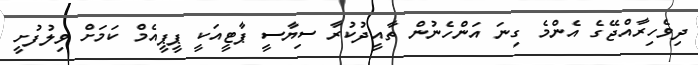
ދިވެހިރާއްޖޭގެ އެންމެ ގިނަ އަންހެނުން ތާއީދުކުރާ ސިޔާސީ ޕާޓީއަކީ ޕީޕީއެމް ކަމަށް ވިލުފުށީ